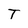
Character: T